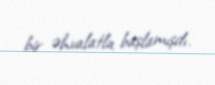
bir əhvalatla başlamışdı.